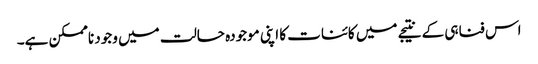
اس فناہی کے نتیجے میں کائنات کا اپنی موجودہ حالت میں وجود ناممکن ہے۔